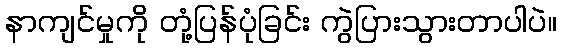
နာကျင်မှုကို တုံ့ပြန်ပုံခြင်း ကွဲပြားသွားတာပါပဲ။